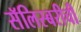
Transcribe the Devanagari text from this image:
सॅलिस्बरीची